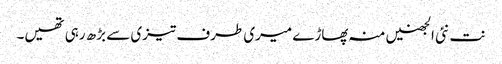
نت نئی الجھنیں منہ پھاڑے میری طرف تیزی سے بڑھ رہی تھیں۔